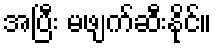
အပြီး မဖျက်ဆီးနိုင်။